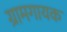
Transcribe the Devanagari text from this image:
ग्रामगायक